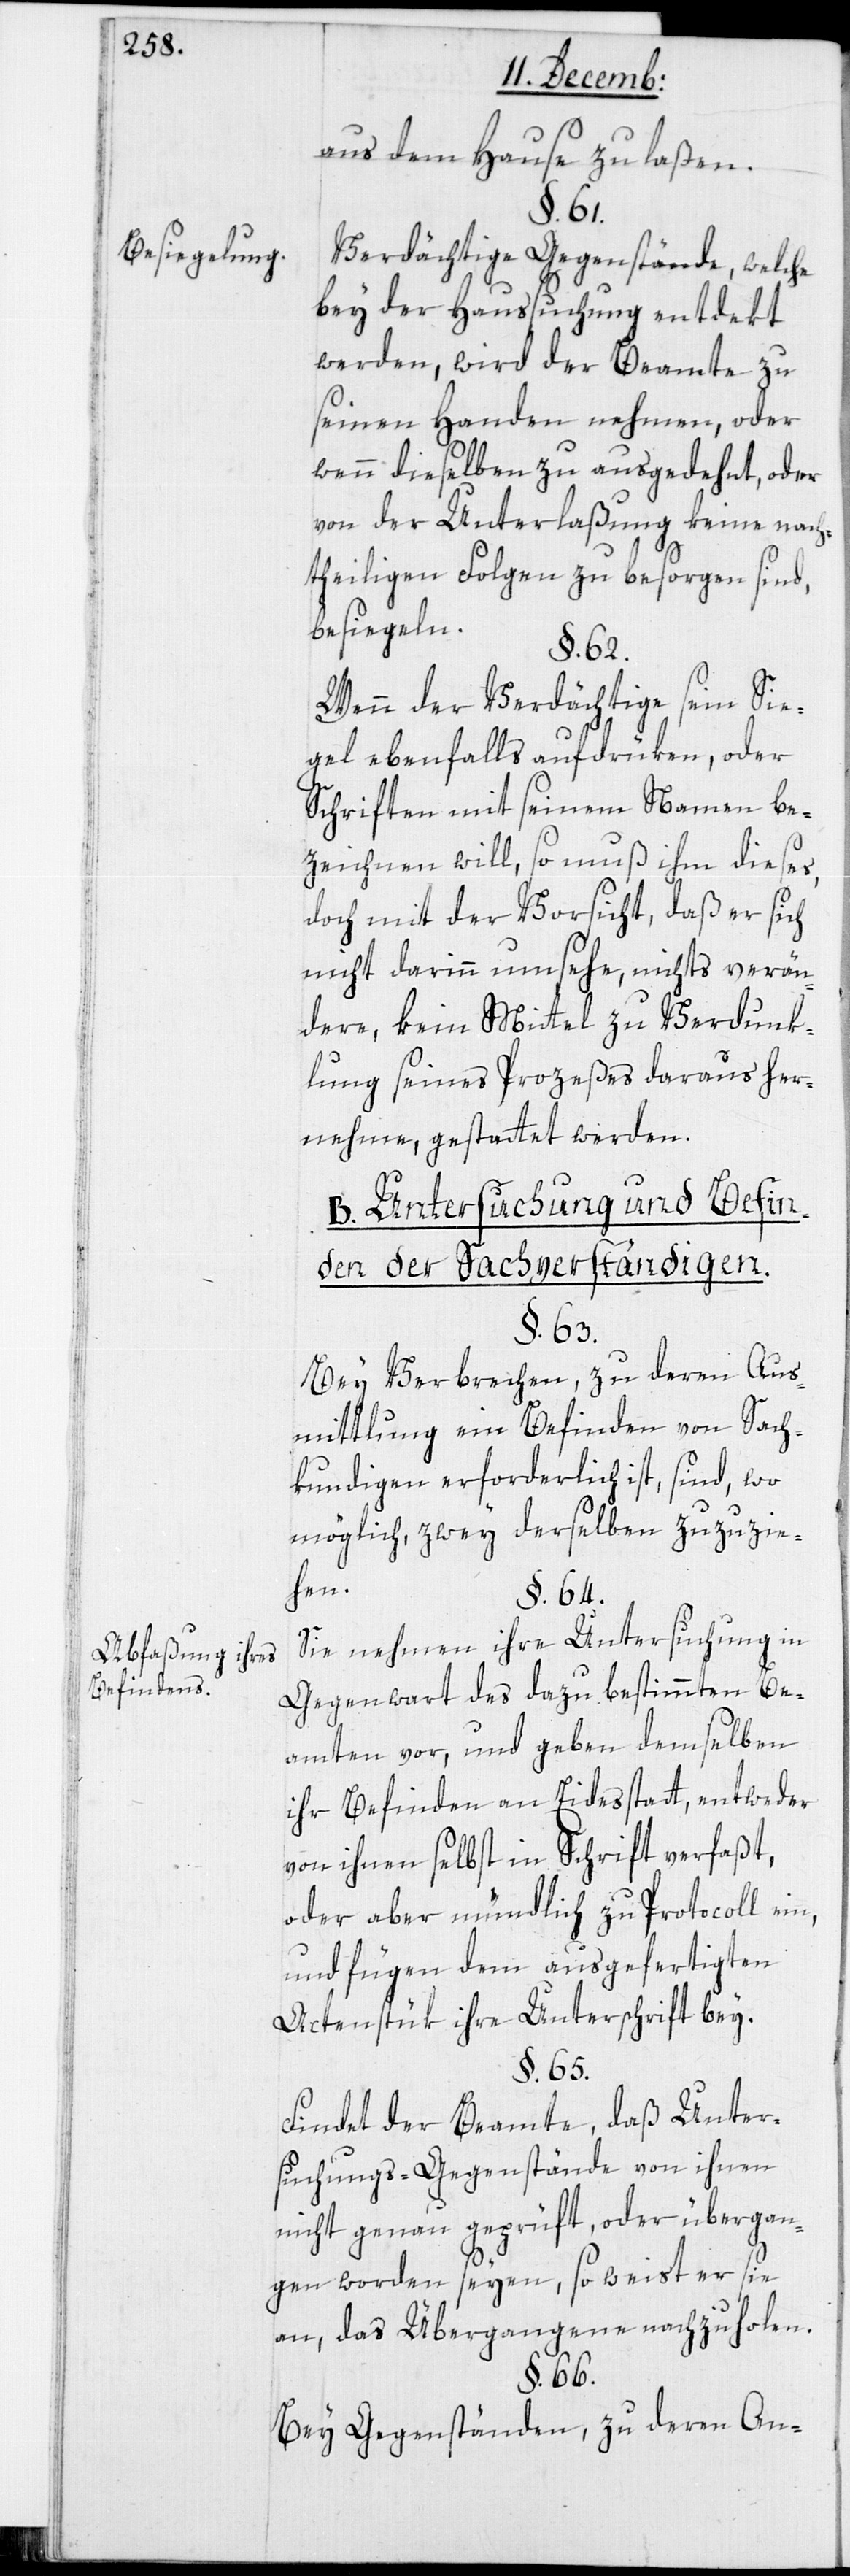
Besiegelung.
Abfaßung ihres
Befindens.

aus dem Hause zu laßen.
§. 61.
Verdächtige Gegenstände, welche
bey der Haussuchung entdekt
werden, wird der Beamte zu
seinen Handen nehmen, oder
wenn dieselben zu ausgedehnt, oder
von der Unterlaßung keine nach¬
theiligen Folgen zu besorgen sind,
besiegeln.
§. 62.
Wenn der Verdächtige sein Sie¬
gel ebenfalls aufdrüken, oder
Schriften mit seinem Namen be¬
zeichnen will, so muß ihm dieses,
doch mit der Vorsicht, daß er sich
nicht darinn umsehe, nichts verän¬
dere, kein Mittel zu Verdunk¬
lung seines Prozeßes daraus her¬
nehme, gestattet werden.
B. Untersuchung und Befin¬
den der Sachverständigen.
§. 63.
Bei Verbrechen, zu deren Aus¬
mittlung ein Befinden von Sach¬
kundigen erforderlich ist, sind, wo
möglich, zwey derselben zuzuzie¬
hen.
§. 64.
Sie nehmen ihre Untersuchung in
Gegenwart des dazu bestimmten Be¬
amten vor, und geben demselben
ihr Befinden an Eidesstatt, entweder
von ihnen selbst in Schrift verfaßt,
oder aber mündlich zu Protocoll ein,
und fügen dem ausgefertigten
Actenstük ihre Unterschrift bey.
§. 65.
Findet der Beamte, daß Unter¬
suchungs-Gegenstände von ihnen
nicht genau geprüft, oder übergan¬
gen worden seyen, so weist er sie
an, das Übergangene nachzuholen.
§. 66.
Bei Gegenständen, zu deren An-